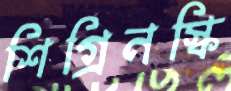
শিগ্রিনস্কি